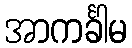
အာကင်္ခါမ